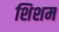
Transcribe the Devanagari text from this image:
शिशम